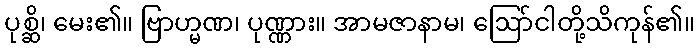
ပုစ္ဆိ၊ မေး၏။ ဗြာဟ္မဏ၊ ပုဏ္ဏား။ အာမဇာနာမ၊ ဩော်ငါတို့သိကုန်၏။